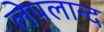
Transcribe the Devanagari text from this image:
लेपलान्द